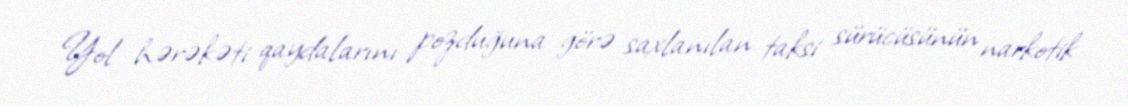
Yol hərəkəti qaydalarını pozduğuna görə saxlanılan taksi sürücüsünün narkotik